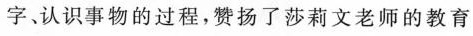
字、认识事物的过程，赞扬了莎莉文老师的教育